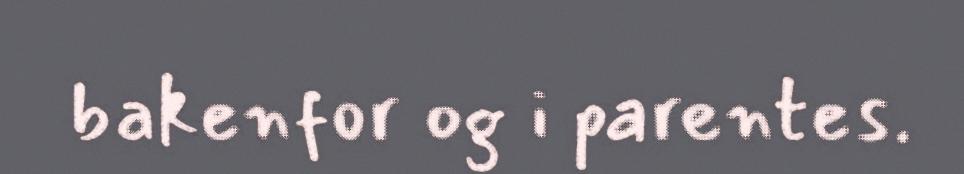
bakenfor og i parentes.